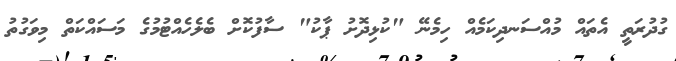
ގުދުރަތީ އެތައް މުއްސަނދިކަމެއް ހިމެނޭ "ކުޅިދޮށު ޕާކު" ސާފުކޮށް ބެލެހެއްޓުމުގެ މަސައްކަތް މިވަގުތު